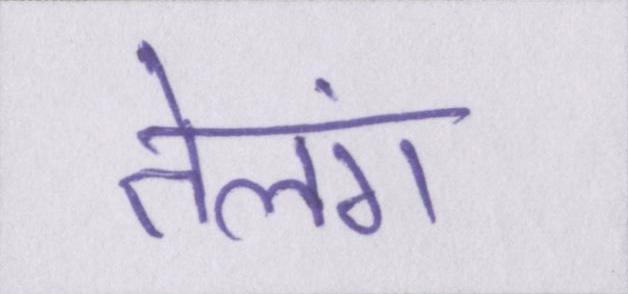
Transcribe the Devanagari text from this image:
तेलंग